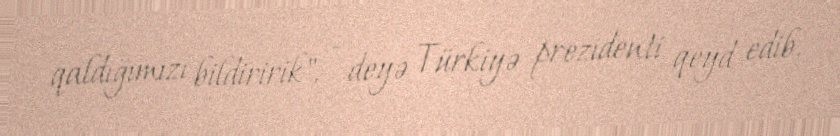
qaldığımızı bildiririk", - deyə Türkiyə prezidenti qeyd edib.